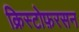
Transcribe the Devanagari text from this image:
क्रिस्टोफ़रसन